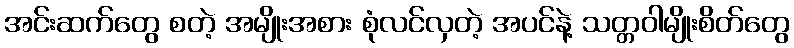
အင်းဆက်တွေ စတဲ့ အမျိုးအစား စုံလင်လှတဲ့ အပင်နဲ့ သတ္တဝါမျိုးစိတ်တွေ